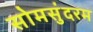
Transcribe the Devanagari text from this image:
सोमसुंदरम